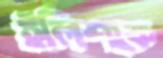
ইলিশকে